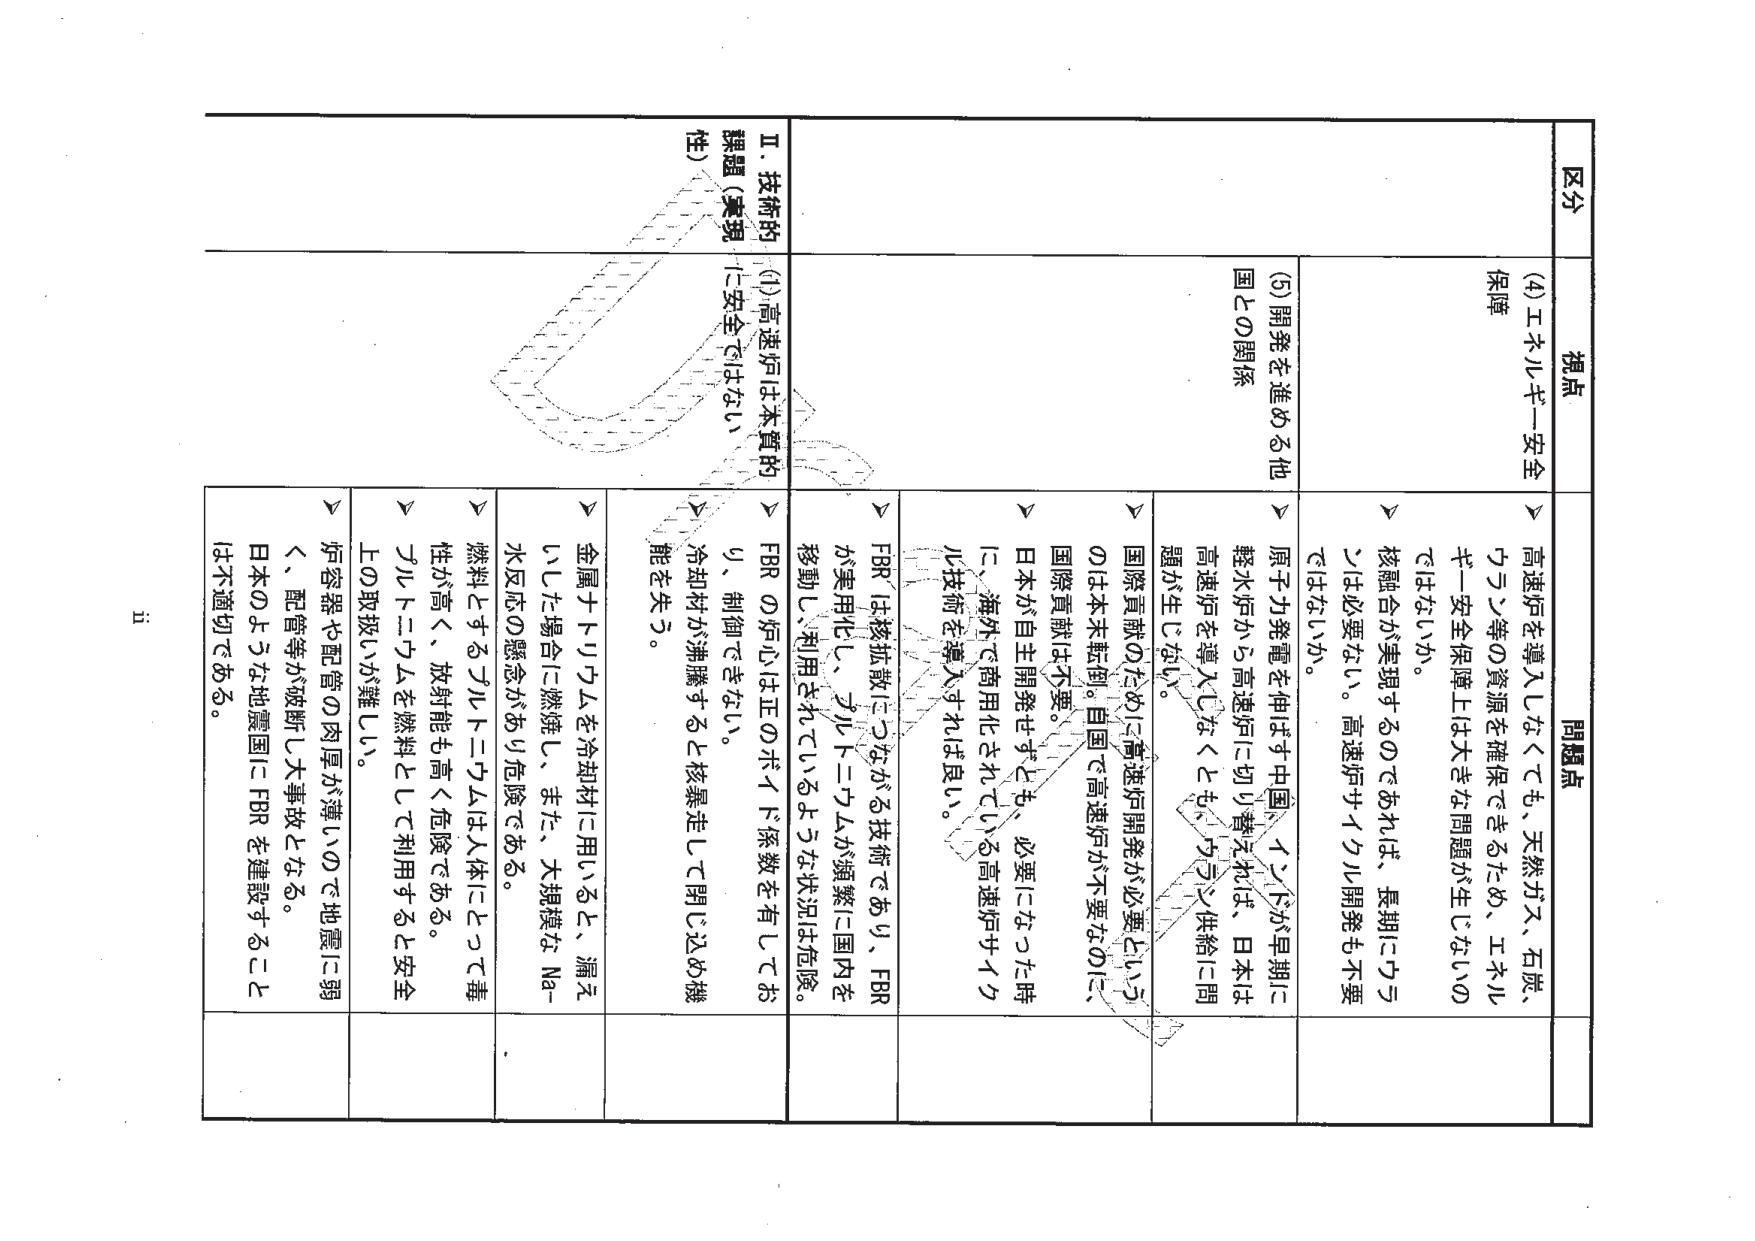
区分
視点
問題点

Ⅱ．技術的
課題（実現性）

(4) エネルギー安全保障
→ 高速炉を導入しなくても、天然ガス、石炭、ウラン等の資源を確保できるため、エネルギー安全保障上は大きな問題が生じないのではないか。
→ 核融合が実現するのであれば、長期にウランは必要ない。高速炉サイクル開発も不要ではないか。
→ 原子力発電を伸ばす中国、インドが早期に軽水炉から高速炉に切り替えれば、日本は高速炉を導入しなくとも、ウラン供給に問題が生じない。
→ 国際貢献のために高速炉開発が必要というのとは本末転倒。自国で高速炉が不要なのに、国際貢献は不要。
→ 日本が自主開発せずとも、必要になった時に、海外で商用化されている高速炉サイクル技術を導入すれば良い。
→ FBR は核拡散につながる技術であり、FBR が実用化し、プルトニウムが頻繁に国内を移動し、利用されているような状況は危険。
→ FBR の炉心は正のボイド係数を有しており、制御できない。
→ 冷却材が沸騰すると核暴走して閉じ込め機能を失う。
→ 金属ナトリウムを冷却材に用いると、漏えいした場合に燃焼し、また、大規模な Na-水反応の懸念があり危険である。
→ 燃料とするプルトニウムは人体にとって毒性が高く、放射能も高く危険である。
→ プルトニウムを燃料として利用すると安全上の取扱いが難しい。
→ 炉容器や配管の肉厚が薄いので地震に弱く、配管等が破断し大事故となる。
→ 日本のような地震国に FBR を建設することは不適切である。

(5) 開発を進める他国との関係

ii